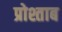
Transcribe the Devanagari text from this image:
प्रोश्ताब